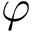
\varphi